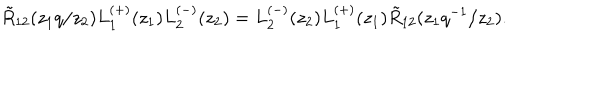
\tilde { R } _ { 1 2 } ( z _ { 1 } q / z _ { 2 } ) L _ { 1 } ^ { ( + ) } ( z _ { 1 } ) L _ { 2 } ^ { ( - ) } ( z _ { 2 } ) = L _ { 2 } ^ { ( - ) } ( z _ { 2 } ) L _ { 1 } ^ { ( + ) } ( z _ { 1 } ) \tilde { R } _ { 1 2 } ( z _ { 1 } q ^ { - 1 } / z _ { 2 } ) .